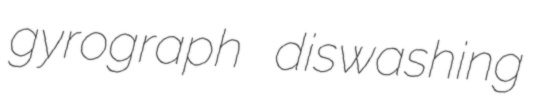
gyrograph diswashing